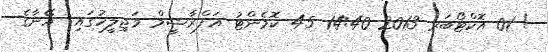
! 01 އޮކްޓޯބަރ 2013 14:40 45 ކޮމެންޓު އަފްރާޝީމް މަޖިލީހުގައި: އޭނާގެ